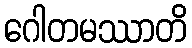
ဂေါတမဿာတိ